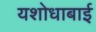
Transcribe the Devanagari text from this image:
यशोधाबाई